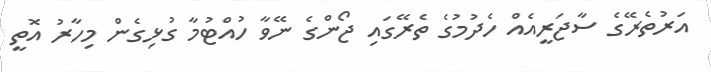
އަރުތެރޭގެ ސާޖަރީއެެއް ހެދުމުގެ ތެރޭގައި ޖޯންގެ ނޭވާ ހުއްޓުމާ ގުޅިގެން މިހާރު އޮތީ